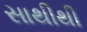
સાથીથી